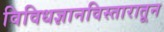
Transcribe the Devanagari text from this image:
विविधज्ञानविस्तारातून